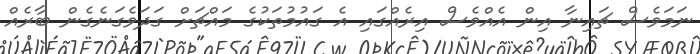
ނަމަވެސް ޗައިނާ އިން އެއްވެސް އިރެއްގައި އެ ގައުމުތަކުގެ މައްޗަށް ގަދަވެގަނެގެން ބާރެއް